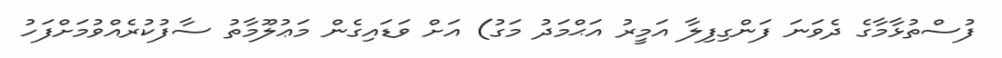
ފުސްތުޅާމާގެ ދެވަނަ ފަންގިފިލާ އަމީރު އަޙްމަދު މަގު) އަށް ވަޑައިގެން މަޢުލޫމާތު ސާފުކުރެއްވުމަށްފަހު